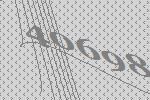
40698